Leaving Certificate Examination, 1912
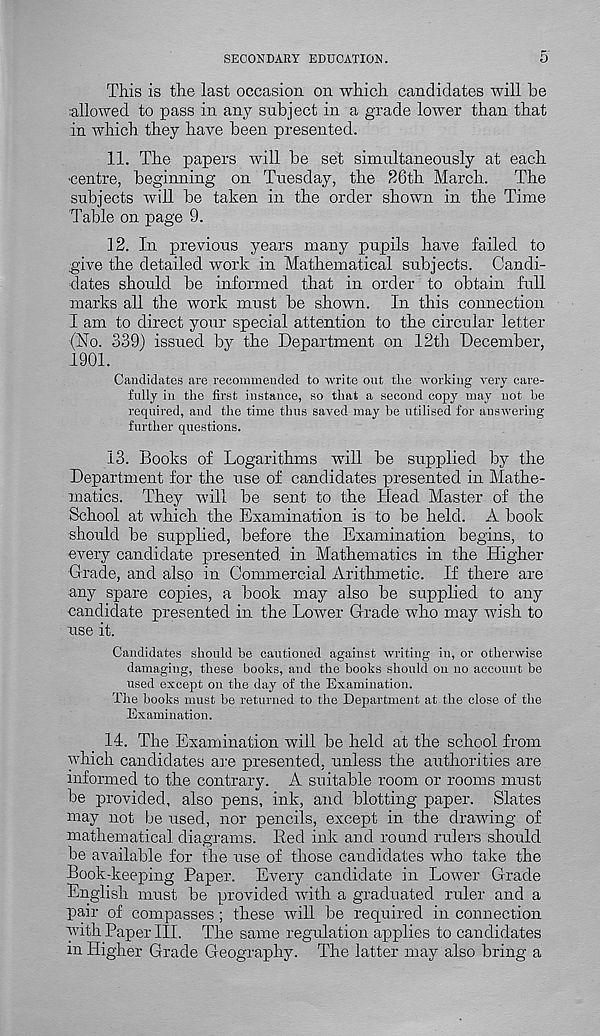
SECONDARY EDUCATION.
5
This is the last occasion on which candidates will he
allowed to pass in any subject in a grade lower than that
in which they have been presented.
11. The papers will be set simultaneously at each
■ centre, beginning on Tuesday, the 26th March. The
subjects will be taken in the order shown in the Time
Table on page 9.
12. In previous years many pupils have failed to
.give the detailed work in Mathematical subjects. Candi-
dates should be informed that in order to obtain full
marks all the work must be shown. In this connection
I am to direct your special attention to the circular letter
(No. 339) issued by the Department on 12th December,
1901.
Candidates are recommended to write out the working very care-
fully in the first instance, so that a second copy may not be
required, and the time thus saved may be utilised for answering
further questions.
13. Books of Logarithms will be supplied by the
Department for the use of candidates presented in Mathe-
matics. They will be sent to the Head Master of the
School at which the Examination is to be held. A book
should be supplied, before the Examination begins, to
every candidate presented in Mathematics in the Higher
•Grade, and also in Commercial Arithmetic. If there are
any spare copies, a book may also be supplied to any
candidate presented in the Lower Grade who may wish to
use it.
Candidates should be cautioned against writing in, or otherwise
damaging, these books, and the books should on no account be
used except on the day of the Examination.
The books must be returned to the Department at the close of the
Examination.
14. The Examination will be held at the school from
which candidates are presented, unless the authorities are
informed to the contrary. A suitable room or rooms must
be provided, also pens, ink, and blotting paper. Slates
may not be used, nor pencils, except in the drawing of
mathematical diagrams. Red ink and round rulers should
be available for the use of those candidates who take the
Book-keeping Paper. Every candidate in Lower Grade
English must be provided with a graduated ruler and a
pair of compasses ; these will be required in connection
with Paper III. The same regulation applies to candidates
in Higher Grade Geography. The latter may also bring a